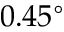
0 . 4 5 ^ { \circ }